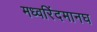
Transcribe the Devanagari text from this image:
मध्वरिंदमानघ